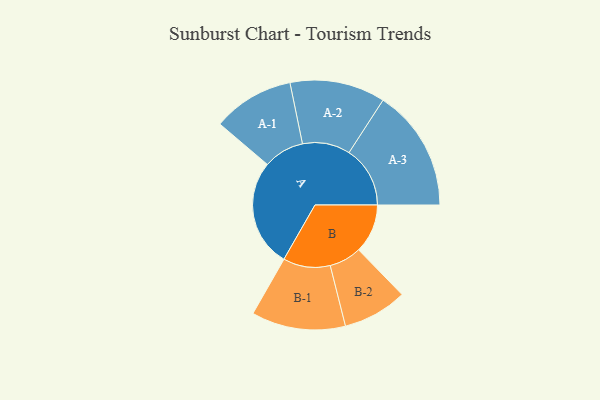
{"axis": {"x": "Segment", "y": "Value"}, "legend": ["", "A", "B"], "data": [{"x": "A", "y": 492, "type": ""}, {"x": "B", "y": 224, "type": ""}, {"x": "A-1", "y": 186, "type": "A"}, {"x": "A-2", "y": 218, "type": "A"}, {"x": "A-3", "y": 279, "type": "A"}, {"x": "B-1", "y": 215, "type": "B"}, {"x": "B-2", "y": 147, "type": "B"}]}